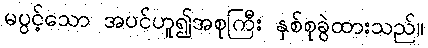
မပွင့်သော အပင်ဟူ၍အစုကြီး နှစ်စုခွဲထားသည်။